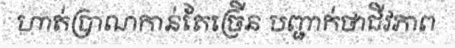
ហាត់ប្រាណកាន់តែច្រើន បញ្ជាក់ថាជីវភាព